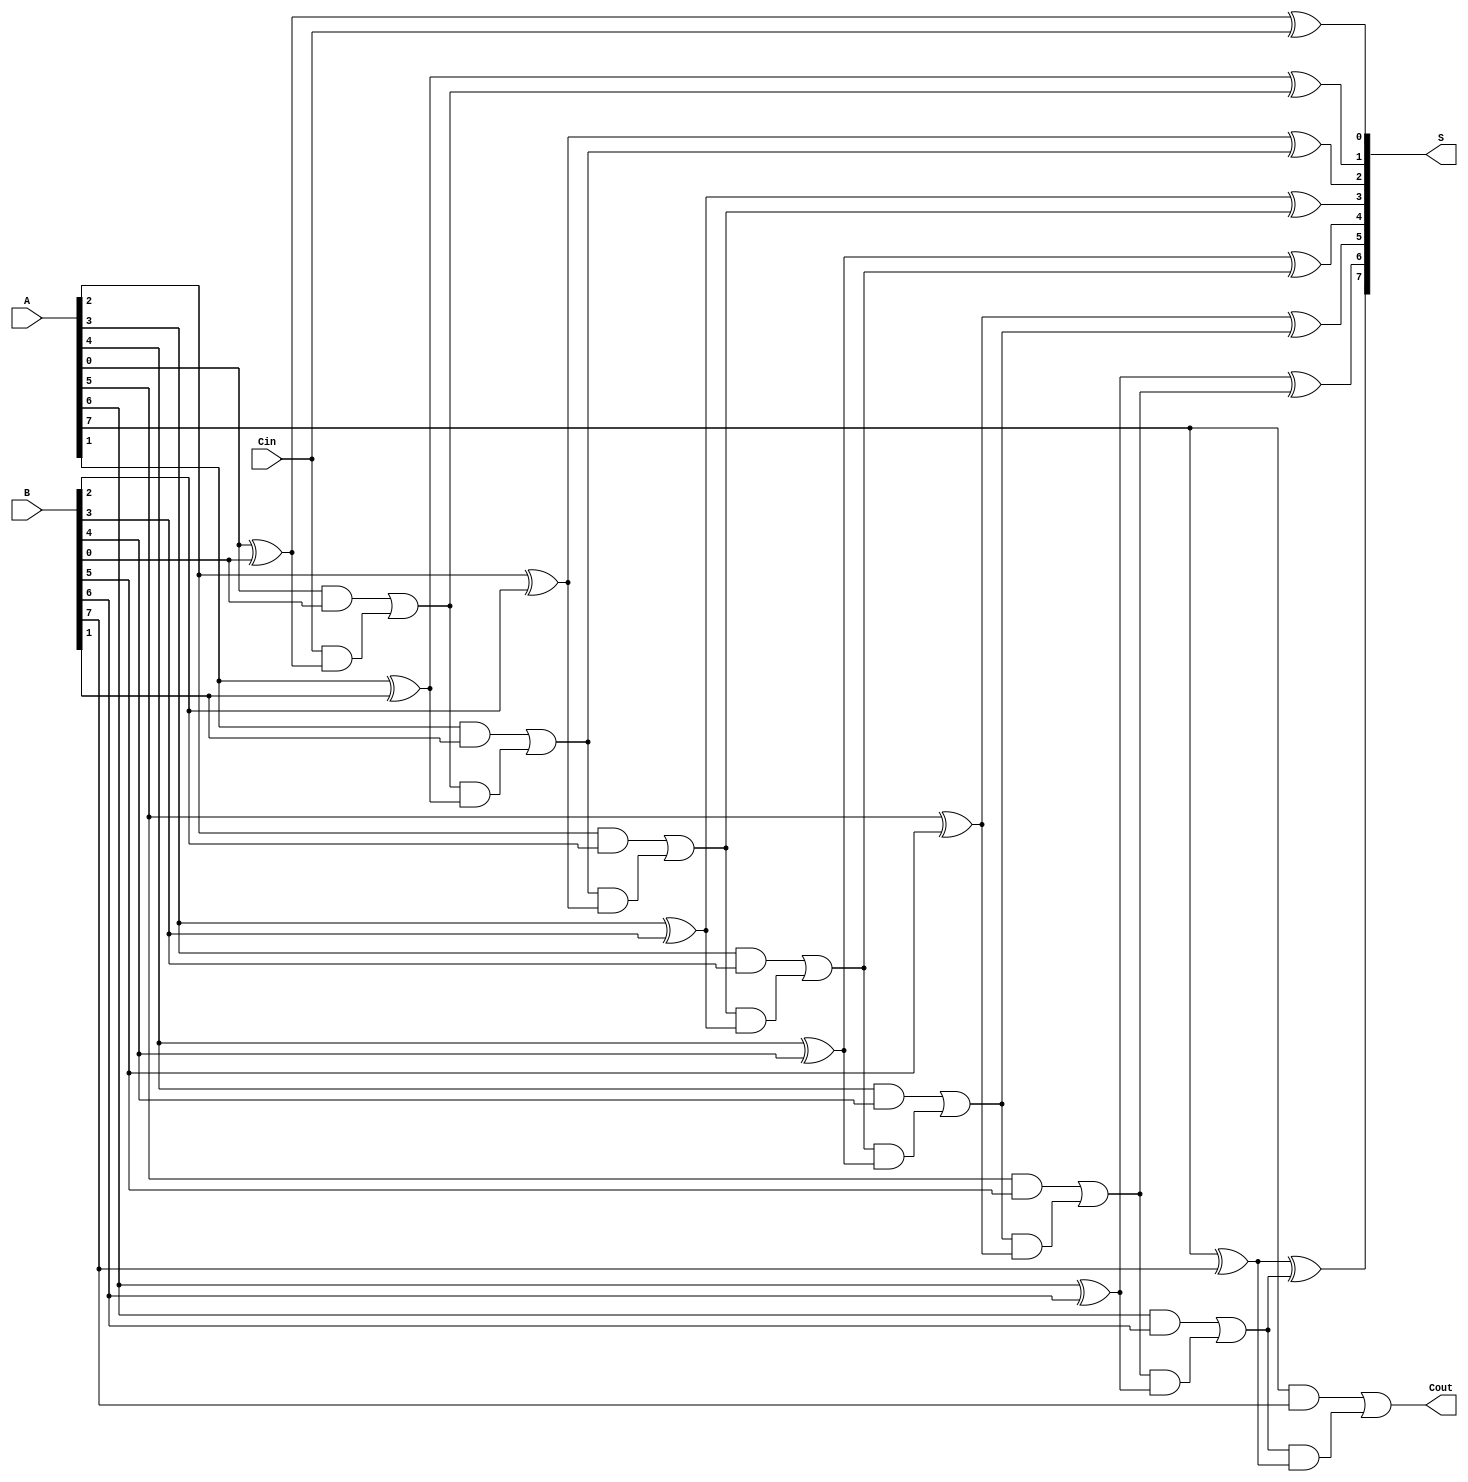
module MCCA #(parameter n = 8) (
    input  wire [n-1:0] A,      // First n-bit input
    input  wire [n-1:0] B,      // Second n-bit input
    input  wire Cin,             // Carry-in
    output wire [n-1:0] S,       // n-bit sum output
    output wire Cout             // Carry-out
);

    // Intermediate carry signals
    wire [n:0] C; // C[0] = Cin, C[n] = Cout

    // Assign the initial carry-in
    assign C[0] = Cin;

    genvar i;
    generate
        for (i = 0; i < n; i = i + 1) begin : full_adder
            wire A_i = A[i];
            wire B_i = B[i];

            // Full adder logic
            assign S[i] = A_i ^ B_i ^ C[i]; // Sum calculation
            assign C[i+1] = (A_i & B_i) | (C[i] & (A_i ^ B_i)); // Carry-out calculation
        end
    endgenerate

    // Final carry-out
    assign Cout = C[n];

endmodule